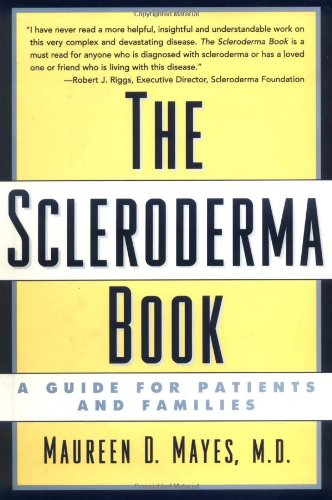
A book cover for The Scleroderma Book: A Guide for Patients and Families; Maureen D. Mayes; Health, Fitness & Dieting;